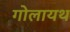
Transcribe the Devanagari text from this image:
गोलायथ